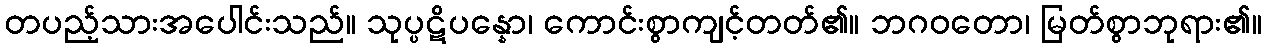
တပည့်သားအပေါင်းသည်။ သုပ္ပဋိပန္နော၊ ကောင်းစွာကျင့်တတ်၏။ ဘဂဝတော၊ မြတ်စွာဘုရား၏။